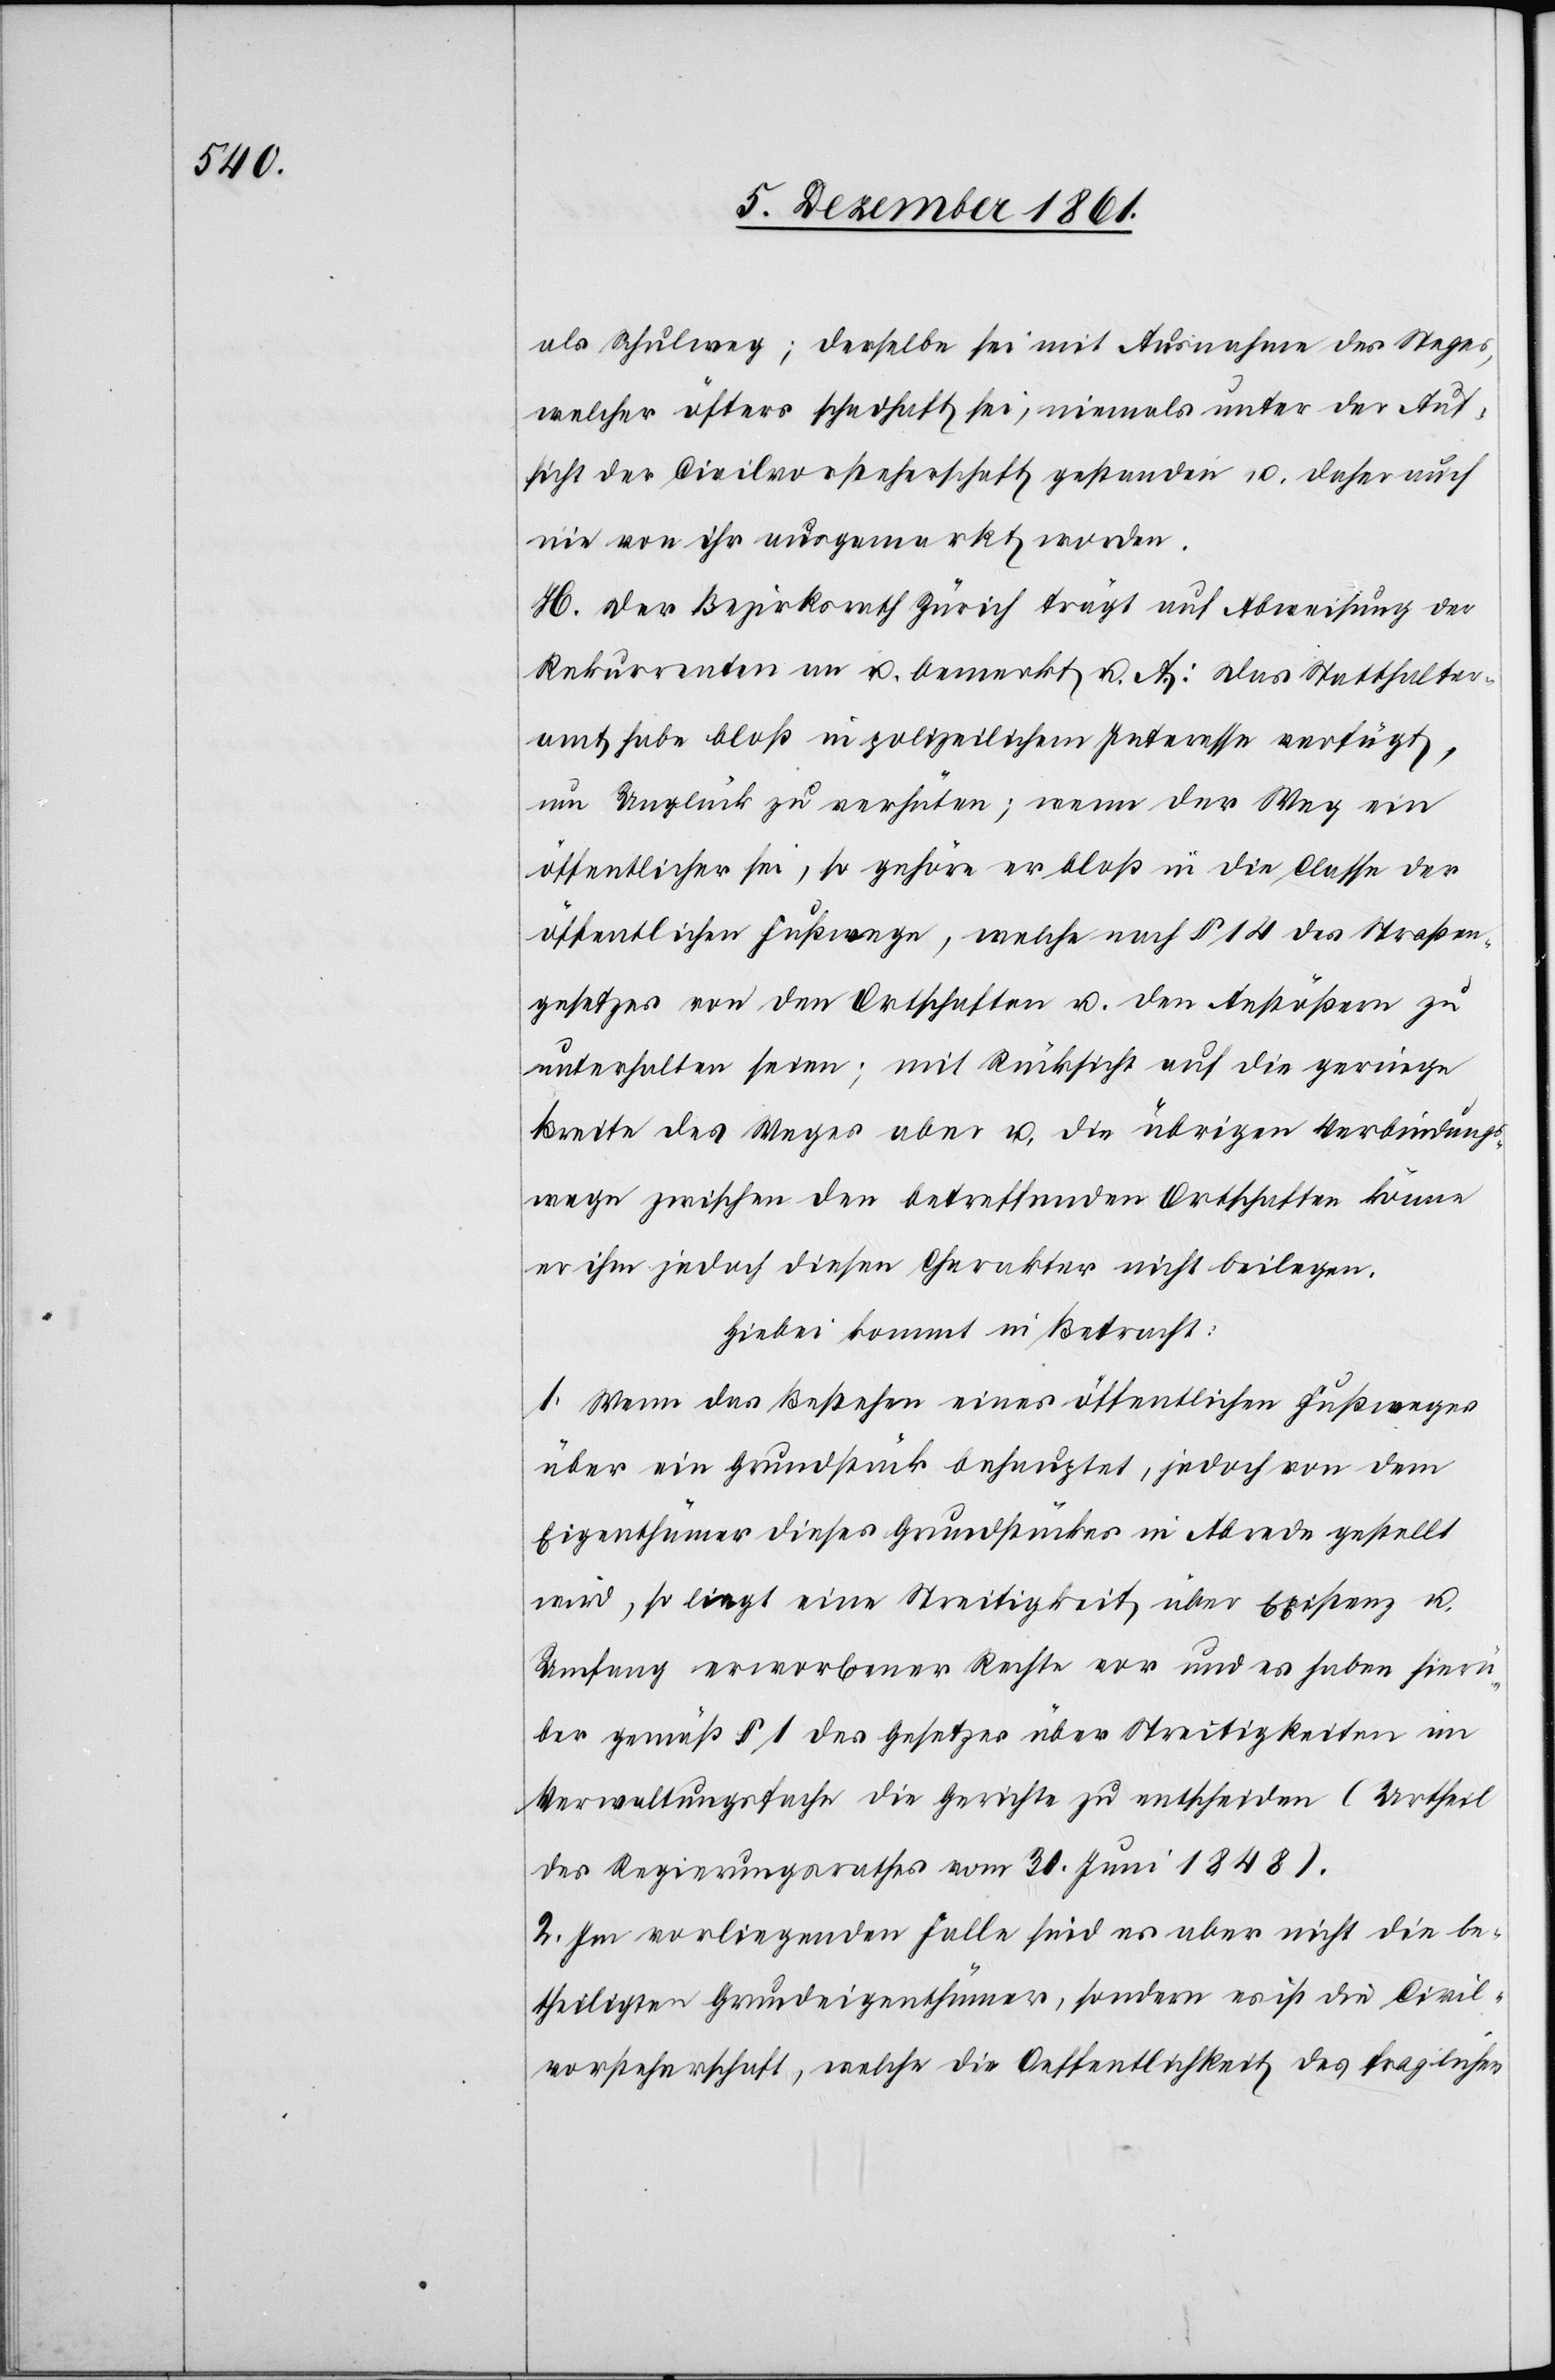
als Schulweg; derselbe sei mit Ausnahme des Steges,
welcher öfters schadhaft sei, niemals unter der Auf¬
sicht der Civilvorsteherschaft gestanden u. daher auch
nie von ihr ausgemarkt worden.
H. Der Bezirksrath Zürich trägt auf Abweisung der
Rekurrenten an u. bemerkt u. A.: Das Statthalter¬
amt habe bloß in polizeilichem Interesse verfügt,
um Unglück zu verhüten; wenn der Weg ein
öffentlicher sei, so gehöre er bloß in die Classe der
öffentlichen Fußwege, welche nach § 14 des Straßen¬
gesetzes von den Ortschaften u. den Anstößern zu
unterhalten seien; mit Rücksicht auf die geringe
Breite des Weges aber u. die übrigen Verbindungs¬
wege zwischen den betreffenden Ortschaften könne
er ihm jedoch diesen Charakter nicht beilegen.
Hiebei kommt in Betracht:
1. Wenn das Bestehen eines öffentlichen Fußweges
über ein Grundstück behauptet, jedoch von dem
Eigenthümer dieses Grundstückes in Abrede gestellt
wird, so liegt eine Streitigkeit über Existenz u.
Umfang erworbener Rechte vor und es haben hierü¬
ber gemäß § 1 des Gesetzes über Streitigkeiten im
Verwaltungsfache die Gerichte zu entscheiden. (Urtheil
des Regierungsrathes vom 31 Juni 1848.)
2. Im vorliegenden Falle sind es aber nicht die be¬
theiligten Grundeigenthümer, sondern es ist die Civil¬
vorsteherschaft, welche die Oeffentlichkeit des fraglichen